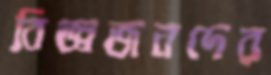
বিজ্ঞজনদের